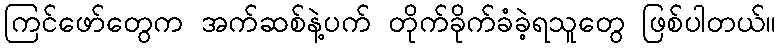
ကြင်ဖော်တွေက အက်ဆစ်နဲ့ပက် တိုက်ခိုက်ခံခဲ့ရသူတွေ ဖြစ်ပါတယ်။